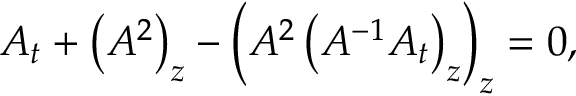
A _ { t } + \left( A ^ { 2 } \right) _ { z } - \left( A ^ { 2 } \left( A ^ { - 1 } A _ { t } \right) _ { z } \right) _ { z } = 0 ,